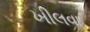
ખીલવા